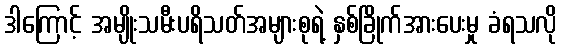
ဒါကြောင့် အမျိုးသမီးပရိသတ်အများစုရဲ့ နှစ်ခြိုက်အားပေးမှု ခံရသလို